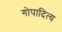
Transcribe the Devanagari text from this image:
गोपादित्य